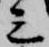
三